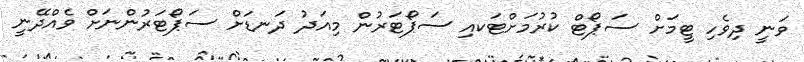
ވަނީ ދިވެހި ޓީމަށް ސަޕޯޓް ކުރުމަށްޓަކއި ސަޕޯޓަރުން މިއަދު ދަނޑަށް ސަޕޯޓަރުންނަށް ވެއްދޭނީ